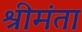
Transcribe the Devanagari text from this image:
श्रीमंता